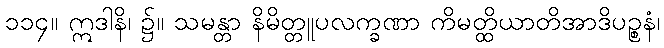
၁၁၄။ ဣဒါနိ၊ ၌။ သမန္တာ နိမိတ္တူပလက္ခဏာ ကိမတ္ထိယာတိအာဒိပဉ္စနံ၊